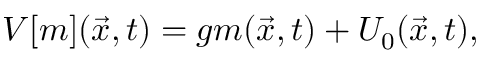
V [ m ] ( \vec { x } , t ) = g m ( \vec { x } , t ) + U _ { 0 } ( \vec { x } , t ) ,